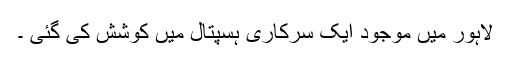
لاہور میں موجود ایک سرکاری ہسپتال میں کوشش کی گئی ۔